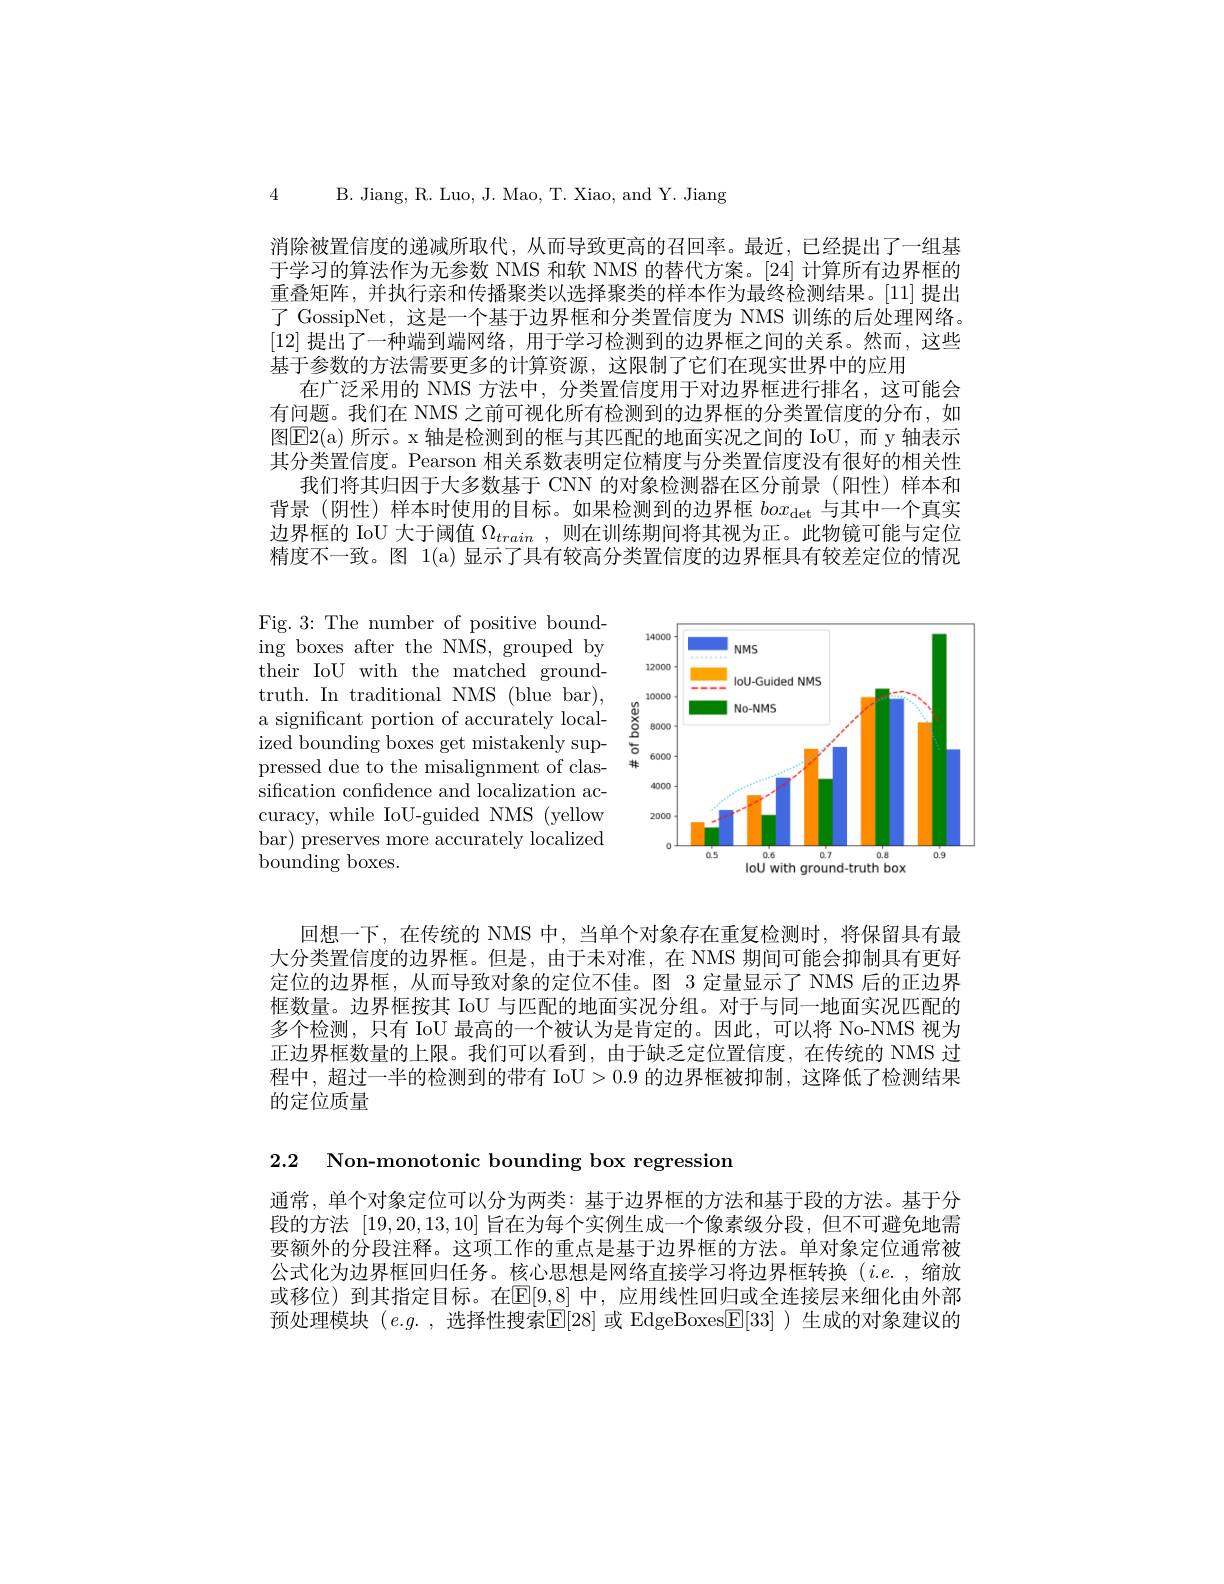
4 B. Jiang, R. Luo, J. Mao, T. Xiao, and Y. Jiang

消除被置信度的递减所取代，从而导致更高的召回率。最近，已经提出了一组基于学习的算法作为无参数 NMS 和软 NMS 的替代方案。[24] 计算所有边界框的重叠矩阵，并执行亲和传播聚类以选择聚类的样本作为最终检测结果。[11] 提出了 GossipNet, 这是一个基于边界框和分类置信度为 NMS 训练的后处理网络。[12]提出了一种端到端网络，用于学习检测到的边界框之间的关系。然而，这些基于参数的方法需要更多的计算资源，这限制了它们在现实世界中的应用
在广泛采用的 NMS 方法中，分类置信度用于对边界框进行排名，这可能会有问题。我们在 NMS 之前可视化所有检测到的边界框的分类置信度的分布，如图$\operatorname{E2}(\mathfrak{a})$ 所示。x 轴是检测到的框与其匹配的地面实况之间的 IoU,而 y 轴表示其分类置信度。Pearson 相关系数表明定位精度与分类置信度没有很好的相关性
我们将其归因于大多数基于 CNN 的对象检测器在区分前景(阳性)样本和背景 (阴性) 样本时使用的目标。如果检测到的边界框$box_\mathrm{det}$与其中一个真实边界框的 IoU 大于阈值$\Omega_{train}$,则在训练期间将其视为正。此物镜可能与定位精度不一致。图 1(a) 显示了具有较高分类置信度的边界框具有较差定位的情况

<FigureHere>

回想一下，在传统的 NMS 中，当单个对象存在重复检测时，将保留具有最大分类置信度的边界框。但是，由于未对准，在 NMS 期间可能会抑制具有更好定位的边界框，从而导致对象的定位不佳。图 3 定量显示了 NMS 后的正边界框数量。边界框按其 IoU 与匹配的地面实况分组。对于与同一地面实况匹配的多个检测，只有 IoU 最高的一个被认为是肯定的。因此，可以将 No-NMS 视为正边界框数量的上限。我们可以看到，由于缺乏定位置信度，在传统的 NMS 过程中，超过一半的检测到的带有 IoU>0.9 的边界框被抑制，这降低了检测结果的定位质量

2.2 Non-monotonic bounding box regression

通常，单个对象定位可以分为两类：基于边界框的方法和基于段的方法。基于分段的方法[19,20,13,10]旨在为每个实例生成一个像素级分段，但不可避免地需要额外的分段注释。这项工作的重点是基于边界框的方法。单对象定位通常被公式化为边界框回归任务。核心思想是网络直接学习将边界框转换(i.e.,缩放或移位)到其指定目标。在$\mathbb{E}[9,8]$ 中，应用线性回归或全连接层来细化由外部预处理模块$( e. g.$ ,选择性搜索$\overline{\mathbb{E}}[28]$或 EdgeBoxes$\boxed{\mathbb{F}}[33]$ )生成的对象建议的